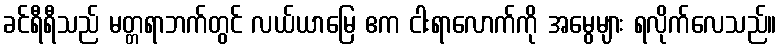
ခင်ရီရီသည် မတ္တရာဘက်တွင် လယ်ယာမြေ ဧက ငါးရာလောက်ကို အမွေများ ရလိုက်လေသည်။